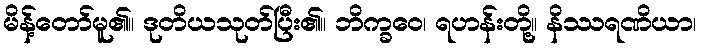
မိန့်တော်မူ၏။ ဒုတိယသုတ်ပြီး၏။ ဘိက္ခဝေ၊ ရဟန်းတို့။ နိဿရဏိယာ၊